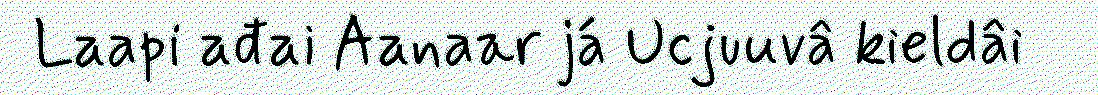
Laapi ađai Aanaar já Ucjuuvâ kieldâi